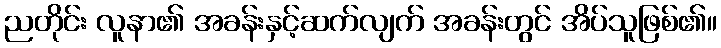
ညတိုင်း လူနာ၏ အခန်းနှင့်ဆက်လျက် အခန်းတွင် အိပ်သူဖြစ်၏။